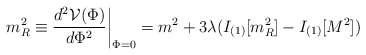
\begin{align*}m_R^2\equiv {\frac {d^2 {\cal V}(\Phi)}{d \Phi^2}}\biggr |_{\Phi=0}=m^2 +3\lambda(I_{(1)}[m_R^2]-I_{(1)}[M^2])\end{align*}